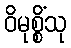
ဝိမုစ္စိံသု